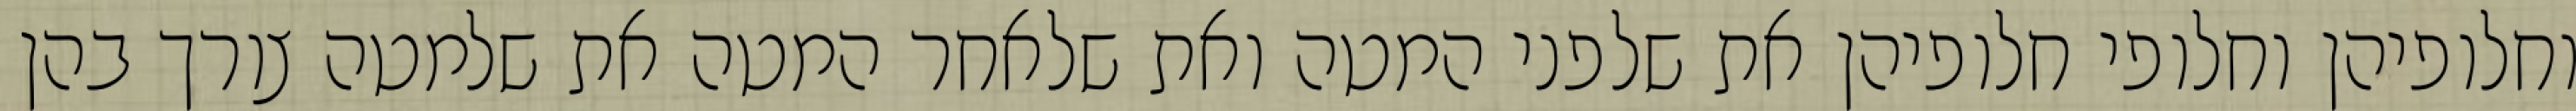
וחלופיהן וחלופי חלופיהן את שלפני המטה ואת שלאחר המטה את שלמטה צורך בהן